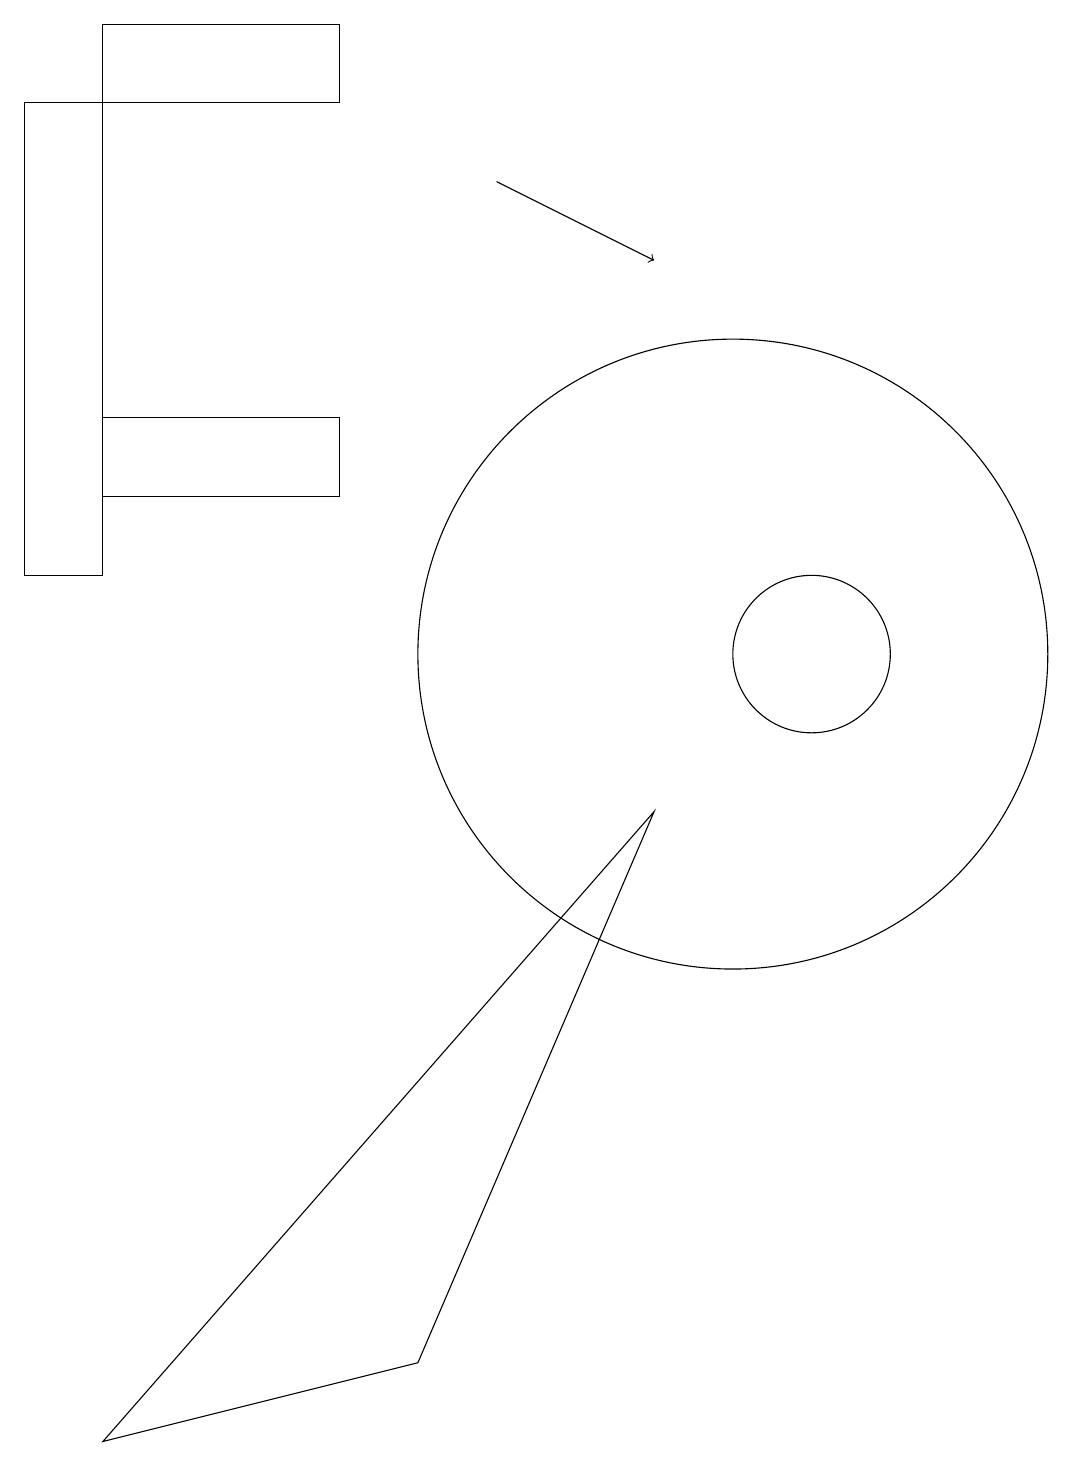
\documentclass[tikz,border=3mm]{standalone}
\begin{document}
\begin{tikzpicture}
\draw[->] (7,16) -- (9,15);
\draw (2,0) -- (9,8) -- (6,1) -- cycle;
\draw (10,10) circle (4);
\draw (5,13) rectangle (2,12);
\draw (1,11) rectangle (2,17);
\draw (2,18) rectangle (5,17);
\draw (11,10) circle (1);
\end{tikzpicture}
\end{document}